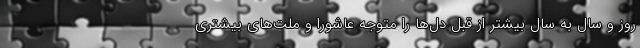
روز و سال به سال بیشتر از قبل دل‌ها را متوجه عاشورا و ملت‌های بیشتری